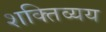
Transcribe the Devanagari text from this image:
शक्तिव्यय